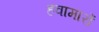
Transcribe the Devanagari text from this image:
हवामारों